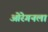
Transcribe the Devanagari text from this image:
ओरेगनला